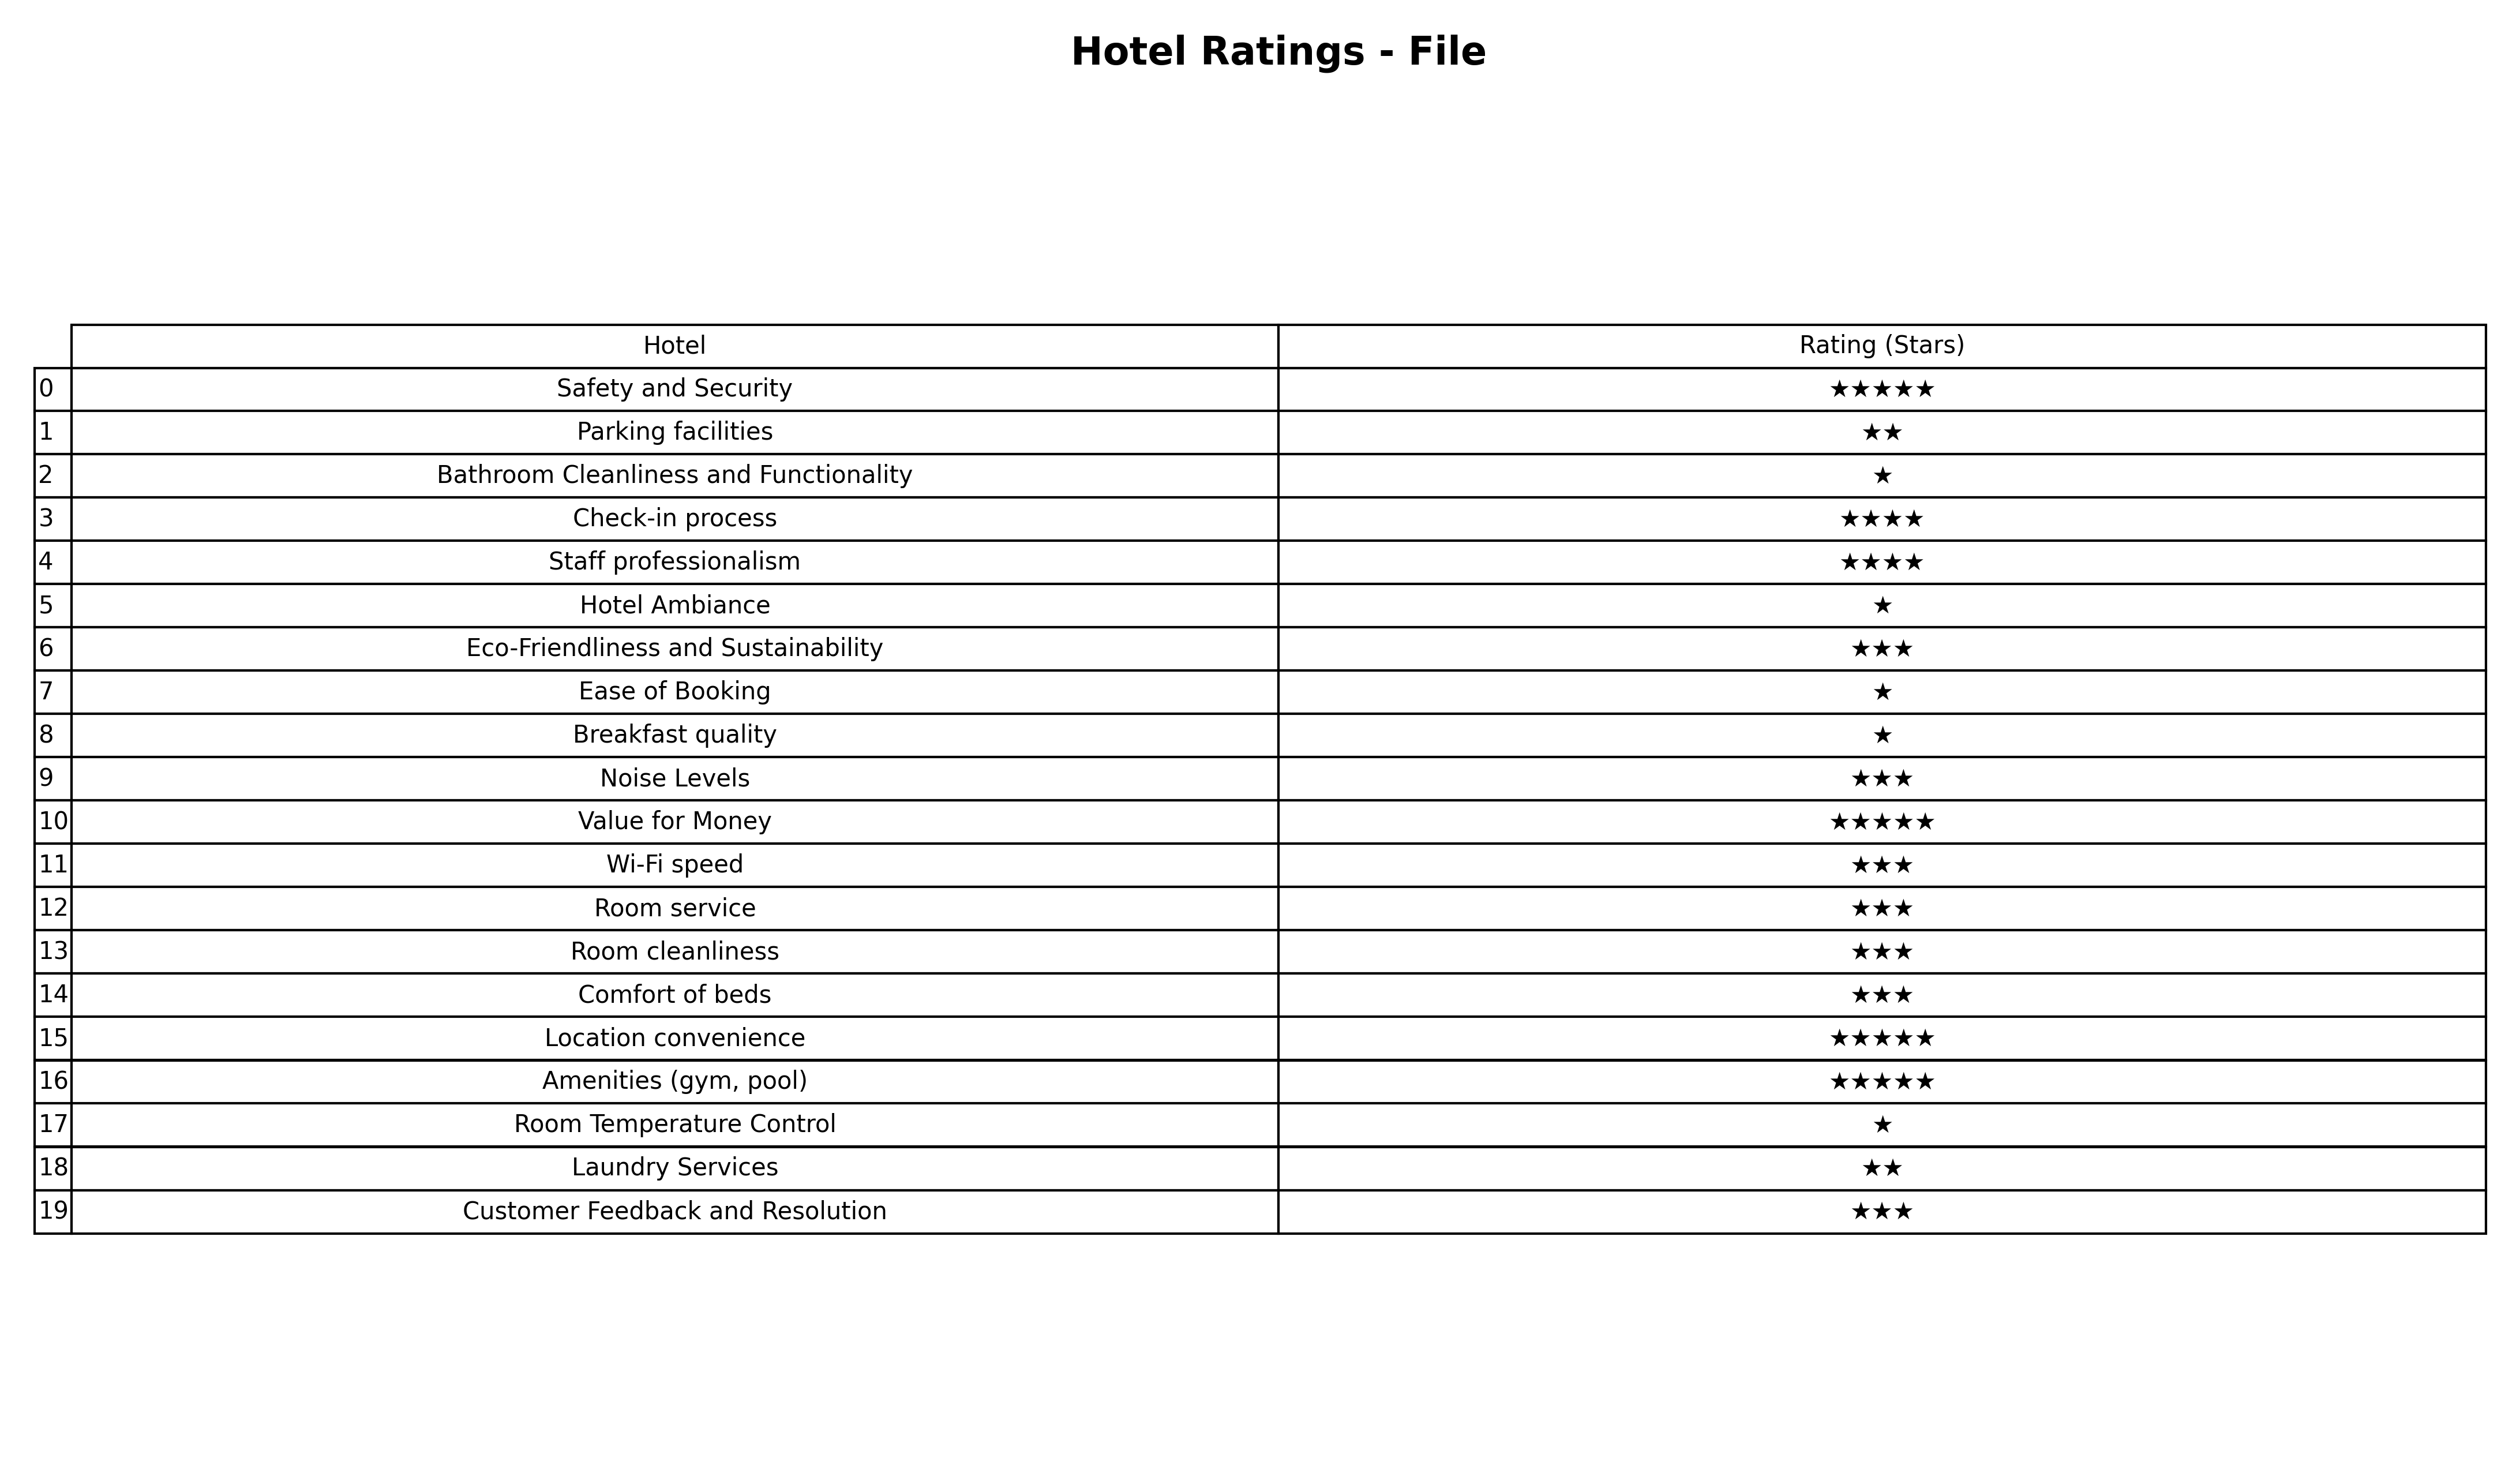
question: Which services are rated average?
answer: Eco-Friendliness and SustainabilityNoise LevelsWi-Fi speedRoom serviceRoom cleanlinessComfort of bedsCustomer Feedback and Resolution